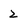
Character: 2